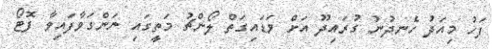
ފަހު މިއަދު ހެނދުނު ގުރައިދޫ އަށް ވަޑައިގަތް ލޯންޗު މަތީގައި ނަންގަވާފައިވާ ފޮޓޯ